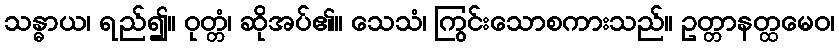
သန္ဓာယ၊ ရည်၍။ ဝုတ္တံ၊ ဆိုအပ်၏။ သေသံ၊ ကြွင်းသောစကားသည်။ ဥတ္တာနတ္ထမေဝ၊